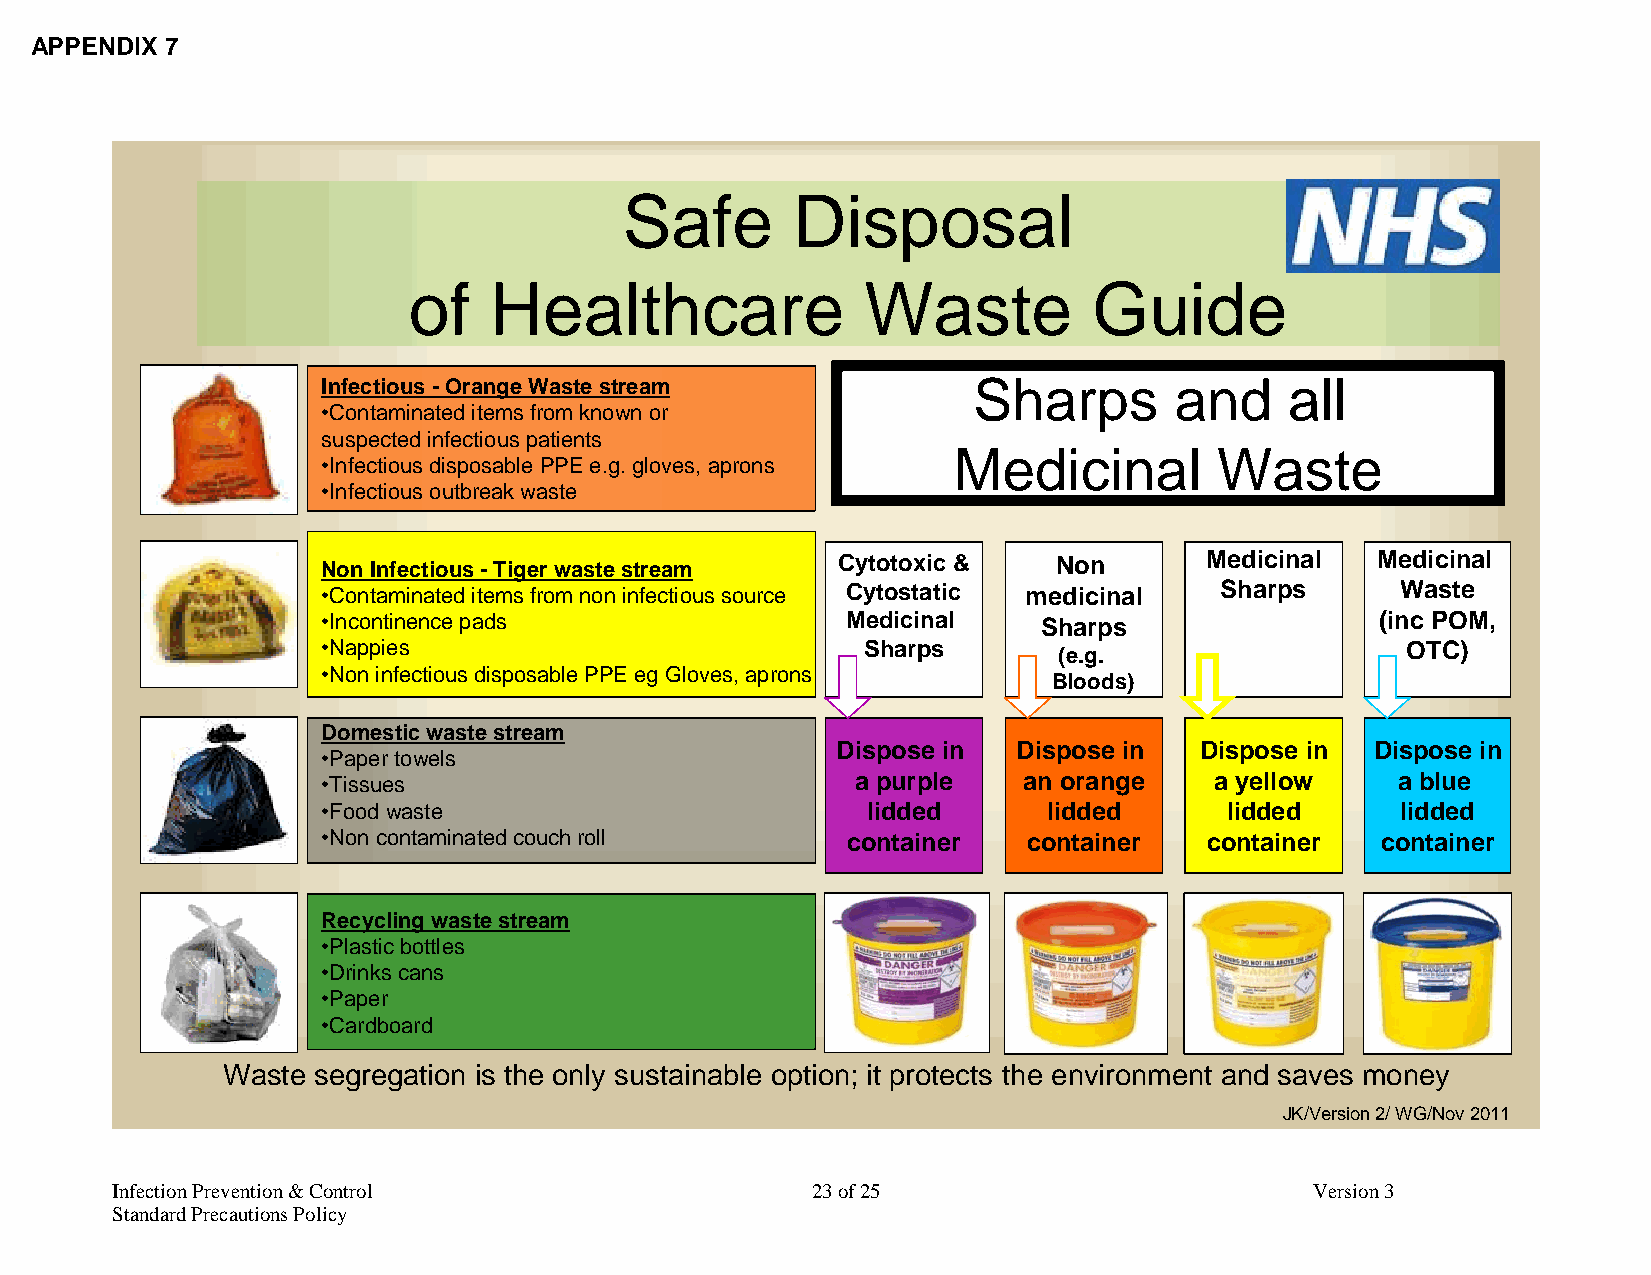
APPENDIX 7
 Safe       Disposal
 of   Healthcare               Waste          Guide
 Infectious - Orange Waste stream           Sharps        and    all
 •Contaminated items from known or
 suspected infectious patients
 Medicinal         Waste
 •Infectious disposable PPE e.g. gloves, aprons
 •Infectious outbreak waste
 Non Infectious -Tiger waste stream Cytotoxic &   Non       Medicinal  Medicinal
 •Contaminated items from non infectious source Cytostatic medicinal Sharps Waste
 •Incontinence pads                 Medicinal    Sharps                (inc POM,
 •Nappies                            Sharps                              OTC)
 (e.g.
 •Non infectious disposable PPE eg Gloves, aprons
 Bloods)
 Domestic waste stream
 Dispose in  Dispose in  Dispose in  Dispose in
 •Paper towels
 •Tissues                            a purple   an orange   a yellow    a blue
 •Food waste                         lidded      lidded      lidded      lidded
 •Non contaminated couch roll       container   container   container  container
 Recycling waste stream
 •Plastic bottles
 •Drinks cans
 •Paper
 •Cardboard
 Waste segregation is the only sustainable option; it protects the environment and saves money
 JK/Version 2/ WG/Nov 2011
 Infection Prevention & Control                 23 of 25                         Version 3
 Standard Precautions Policy